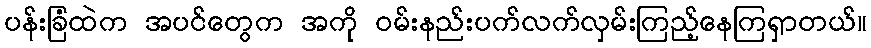
ပန်းခြံထဲက အပင်တွေက အကို ဝမ်းနည်းပက်လက်လှမ်းကြည့်နေကြရှာတယ်။